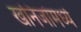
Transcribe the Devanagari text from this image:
खनिजांमध्ये